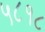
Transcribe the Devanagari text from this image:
५८१८